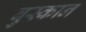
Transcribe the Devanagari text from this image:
बुस्कान